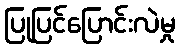
ပြုပြင်ပြောင်းလဲမှု